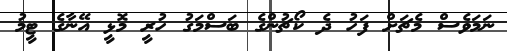
ނަމަވެސް މެޗަށް ފަހު ދެ ކޯޗުންގެ ބަސްމަގު ހުރީ މޮޅީ އޭނާގެ ޓީމު